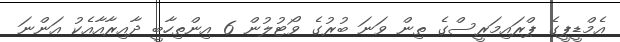
އެމްޑީޕީގެ ޕްރައިމަރީސްގެ ތިން ވަނަ ބުރުގެ ވޯޓުލުން 6 އިންތިހާބީ ދާއިރާއާއެކު އަންނަ